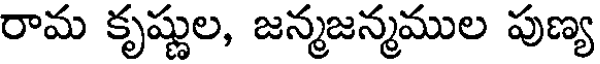
రామ కృష్ణుల, జన్మజన్మముల పుణ్య